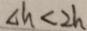
\Delta h < 2 h